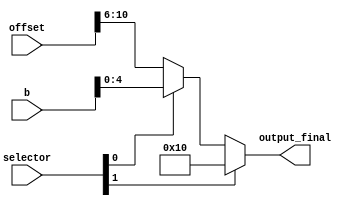
module mux_shiftN (
  input wire   [1:0] selector,
  input wire  [15:0] offset,
  input wire  [31:0] b,
  output wire [4:0] output_final
);

  wire [4:0] input_one;
  wire [4:0] input_two;
  wire [4:0] aux;

  assign input_one  = offset[10:6];
  assign input_two  = b[4:0];

  assign aux = (selector[0]) ? input_two : input_one;
  assign output_final = (selector[1]) ? 5'b10000 : aux;

  endmodule